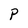
Character: P